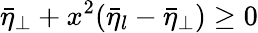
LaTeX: \bar{\eta}_{\perp}+x^{2}(\bar{\eta}_{l}-\bar{\eta}_{\perp})\ge 0